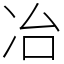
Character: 冶